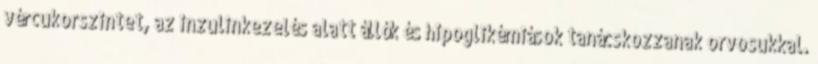
vércukorszintet, az inzulinkezelés alatt állók és hipoglikémiások tanácskozzanak orvosukkal.